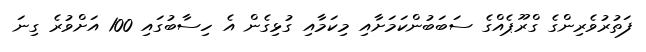
ފަތުރުވެރިންގެ ގްރޫޕެއްގެ ސަބަބުންކަމަށާއި މިކަމާއި ގުޅިގެން އެ ހިސާބުގައި 100 އަށްވުރެ ގިނަ